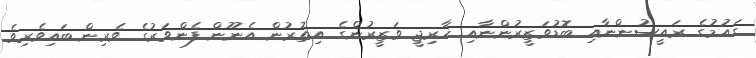
ގައުމުގެ ރައީސުންނާއި ބޮޑުވަޒީރުންނާއި ޚާރިޖީ ވަޒީރުންގެ އިތުރުން އެނޫން ފެންވަރުގެ ވެރިން ބައިވެރިވެ